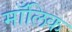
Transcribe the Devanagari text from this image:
माँलिक